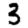
Digit: 3